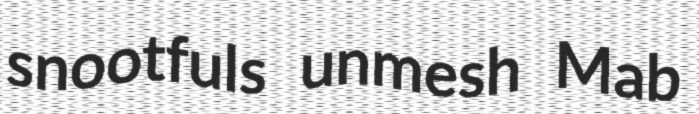
snootfuls unmesh Mab